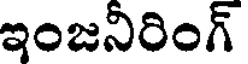
ఇంజనీరింగ్